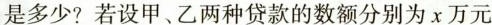
是多少？若设甲、乙两种贷款的数额分别为x万元